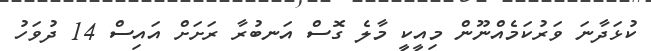
ކުޅަދާނަ ވަރުކަމެއްނޫން މިއީކީ މާލެ ގޮސް އަނބުރާ ރަށަށް އައިސް 14 ދުވަހު